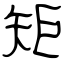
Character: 矩